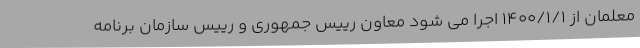
معلمان از ۱۴۰۰/۱/۱ اجرا می شود معاون رییس جمهوری و رییس سازمان برنامه